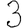
Digit: 3